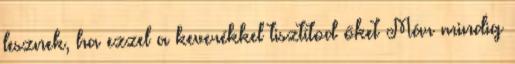
lesznek, ha ezzel a keverékkel tisztítod őket Már mindig